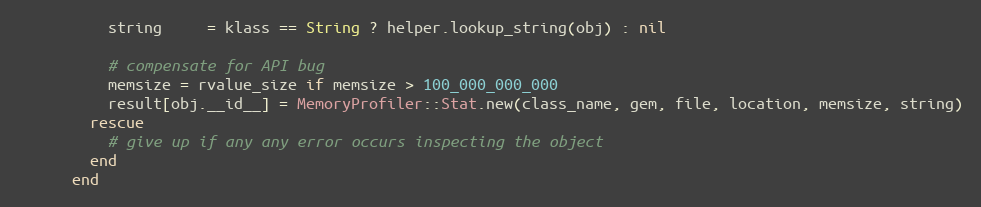
Language: Ruby
          string     = klass == String ? helper.lookup_string(obj) : nil

          # compensate for API bug
          memsize = rvalue_size if memsize > 100_000_000_000
          result[obj.__id__] = MemoryProfiler::Stat.new(class_name, gem, file, location, memsize, string)
        rescue
          # give up if any any error occurs inspecting the object
        end
      end